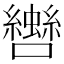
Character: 𡅀